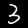
Digit: 3